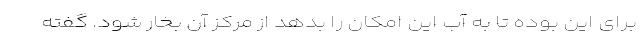
برای این بوده تا به آب این امکان را بدهد از مرکز آن بخار شود. گفته